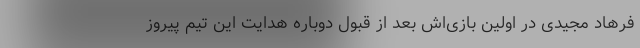
فرهاد مجیدی در اولین بازی‌اش بعد از قبول دوباره هدایت این تیم پیروز